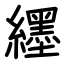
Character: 纆